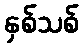
နှစ်သစ်